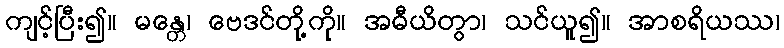
ကျင့်ပြီး၍။ မန္တေ၊ ဗေဒင်တို့ကို။ အဓီယိတွာ၊ သင်ယူ၍။ အာစရိယဿ၊